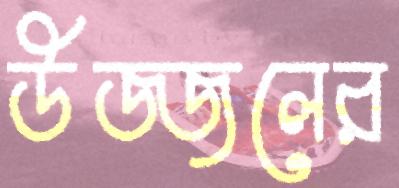
উজ্জলের